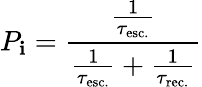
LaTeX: P_{\mathbf{i}}={\frac{{\frac{{1}}{{\tau_{\mathrm{{esc.}}}}}}}{{{\frac{{1}}{{\tau_{\mathrm{{esc.}}}}}}+{\frac{{1}}{{\tau_{\mathrm{{rec.}}}}}}}}}